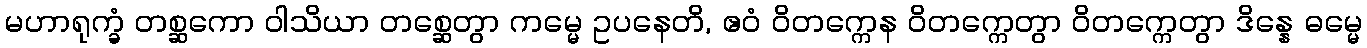
မဟာရုက္ခံ တစ္ဆကော ဝါသိယာ တစ္ဆေတွာ ကမ္မေ ဥပနေတိ, ဧဝံ ဝိတက္ကေန ဝိတက္ကေတွာ ဝိတက္ကေတွာ ဒိန္နေ ဓမ္မေ